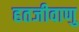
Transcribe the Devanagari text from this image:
हतजीवाणु